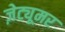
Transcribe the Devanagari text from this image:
ज़ेट्यूमर